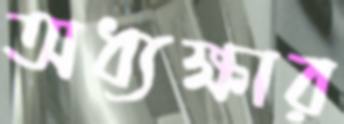
অধ্যক্ষার